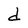
Character: d